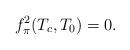
LaTeX: \begin{align*}f_{\pi}^{2}(T_{c},T_{0})=0.\end{align*}